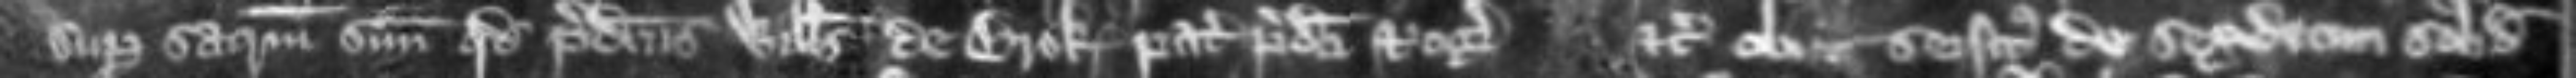
super sacramentum suum quod predictus Willelmus de Brok pater predicti Rogeri etc obiit seisitus de sexdecim solidis